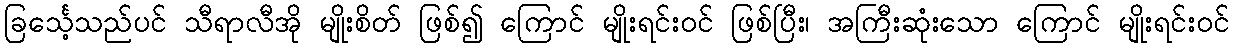
ခြင်္သေ့သည်ပင် သီရာလီအို မျိုးစိတ် ဖြစ်၍ ကြောင် မျိုးရင်းဝင် ဖြစ်ပြီး၊ အကြီးဆုံးသော ကြောင် မျိုးရင်းဝင်